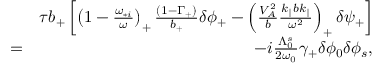
\begin{array} { r l r } & { } & { \tau b _ { + } \left[ \left( 1 - \frac { \omega _ { * i } } { \omega } \right) _ { + } \frac { ( 1 - \Gamma _ { + } ) } { b _ { + } } \delta \phi _ { + } - \left( \frac { V _ { A } ^ { 2 } } { b } \frac { k _ { \parallel } b k _ { \parallel } } { \omega ^ { 2 } } \right) _ { + } \delta \psi _ { + } \right] } \\ & { = } & { - i \frac { \Lambda _ { 0 } ^ { s } } { 2 \omega _ { 0 } } \gamma _ { + } \delta \phi _ { 0 } \delta \phi _ { s } , } \end{array}